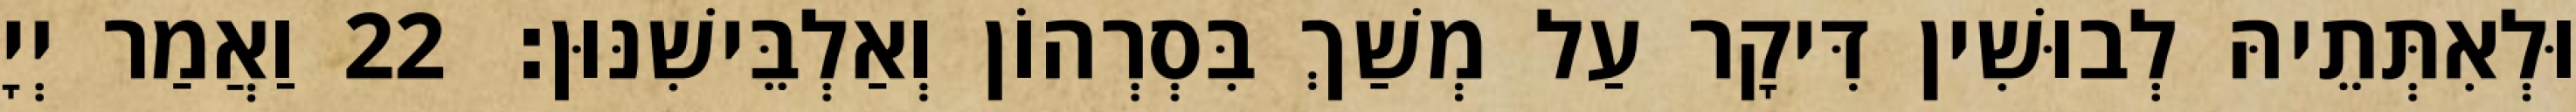
וּלְאִתְּתֵיהּ לְבוּשִׁין דִּיקָר עַל מְשַׁךְ בִּסְרְהוֹן וְאַלְבֵּישִׁנּוּן׃ 22 וַאֲמַר יְיָ